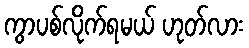
ကွာပစ်လိုက်ရမယ် ဟုတ်လား